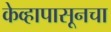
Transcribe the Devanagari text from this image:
केव्हापासूनचा